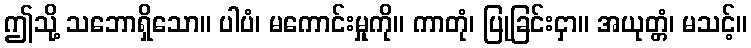
ဤသို့ သဘောရှိသော။ ပါပံ၊ မကောင်းမှုကို။ ကာတုံ၊ ပြုခြင်းငှာ။ အယုတ္တံ၊ မသင့်။